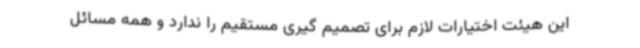
این هیئت اختیارات لازم برای تصمیم گیری مستقیم را ندارد و همه مسائل